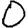
Digit: 0